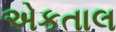
એકતાલ